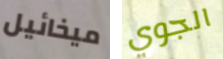
ميخائيل الجوي